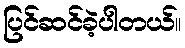
ပြင်ဆင်ခဲ့ပါတယ်။